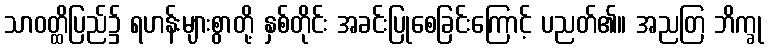
သာဝတ္ထိပြည်၌ ရဟန်းများစွာတို့ နှစ်တိုင်း အခင်းပြုစေခြင်းကြောင့် ပညတ်၏။ အညတြ ဘိက္ခု